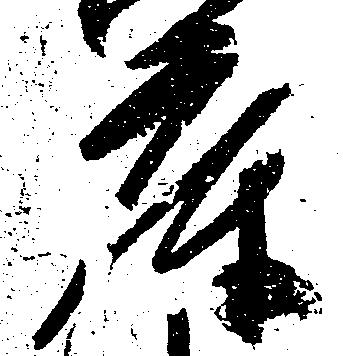
庫